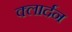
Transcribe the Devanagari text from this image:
क्लार्दन